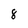
Character: 8